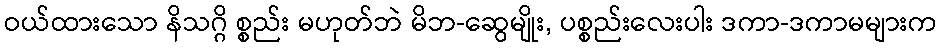
ဝယ်ထားသော နိသဂ္ဂိ စ္စည်း မဟုတ်ဘဲ မိဘ-ဆွေမျိုး, ပစ္စည်းလေးပါး ဒကာ-ဒကာမများက